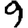
Digit: 9